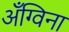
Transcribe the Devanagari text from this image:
अँग्विना